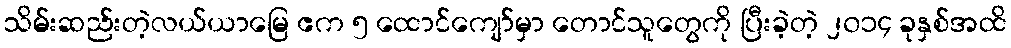
သိမ်းဆည်းတဲ့လယ်ယာမြေ ဧက ၅ ထောင်ကျော်မှာ တောင်သူတွေကို ပြီးခဲ့တဲ့ ၂၀၁၄ ခုနှစ်အထိ